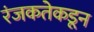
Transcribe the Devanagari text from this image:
रंजकतेकडून